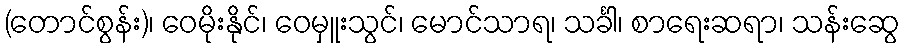
(တောင်စွန်း)၊ ဝေမိုးနိုင်၊ ဝေမှူးသွင်၊ မောင်သာရ၊ သင်္ခါ၊ စာရေးဆရာ၊ သန်းဆွေ